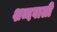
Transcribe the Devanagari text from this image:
शब्दवाली